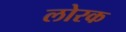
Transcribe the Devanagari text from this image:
लोरक